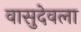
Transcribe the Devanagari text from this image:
वासुदेवला